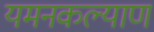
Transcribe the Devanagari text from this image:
यमनकल्याण